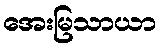
အေးမြသာယာ